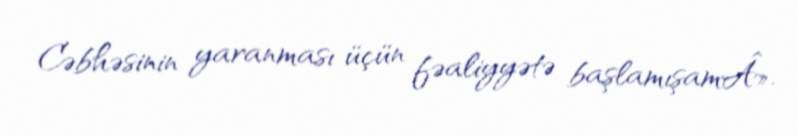
Cəbhəsinin yaranması üçün fəaliyyətə başlamışamÂ».